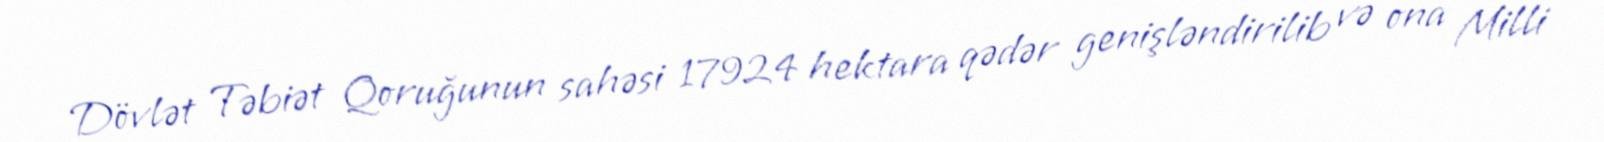
Dövlət Təbiət Qoruğunun sahəsi 17924 hektara qədər genişləndirilib və ona Milli